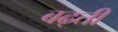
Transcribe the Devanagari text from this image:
बढ्ती